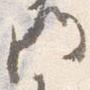
門